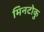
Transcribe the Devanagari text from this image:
मिनटोकु